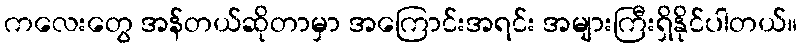
ကလေးတွေ အန်တယ်ဆိုတာမှာ အကြောင်းအရင်း အများကြီးရှိနိုင်ပါတယ်။